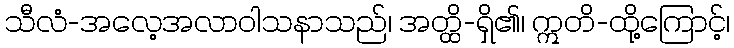
သီလံ-အလေ့အလာဝါသနာသည်၊ အတ္ထိ-ရှိ၏၊ ဣတိ-ထို့ကြောင့်၊